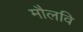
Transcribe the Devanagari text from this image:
मौलवि